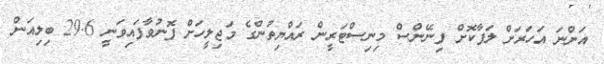
އަންނަ އަހަރަށް ލަފާކޮށް ފިނޭންސް މިނިސްޓަރީން ރައްޔިތުންގެ މަޖިލީހަށް ފޮނުވާފައިވަނީ 29.6 ބިލިއަން